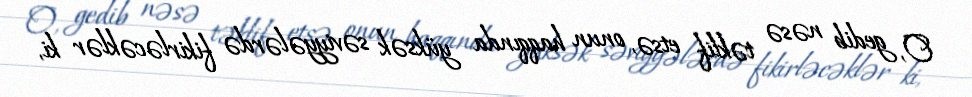
O, gedib nəsə təklif etsə, onun haqqında yüksək səviyyələrdə fikirləcəklər ki,